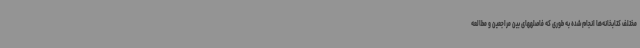
مختلف کتابخانه‌ها انجام شده به طوری که فاصلههای بین مراجعین و مطالعه